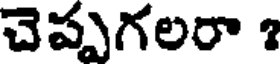
చెప్పగలరా ?